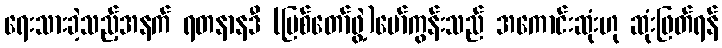
ရေးသားခဲ့သည့်အနက် ရတနာနဒီ (မြစ်တော်ဖွဲ့)မော်ကွန်းသည် အကောင်းဆုံးဟု ဆုံးဖြတ်ရန်